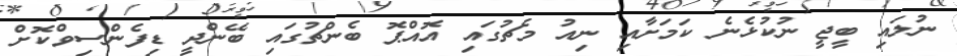
ނުލައި ބީޖީ ނުކުޅެނެ ކަމަށާއި ނިއު މެޗުގައި އޮއްޕޮ ބެންޗުގައި ބޭންދީ ޑިފެންސިވްކޮށް